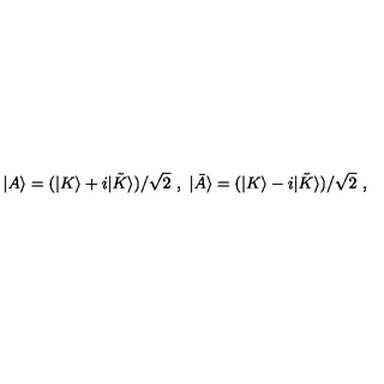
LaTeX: | A \rangle = ( | K \rangle + i | { \tilde { K } } \rangle ) / \sqrt { 2 } \ , \ | { \bar { A } } \rangle = ( | K \rangle - i | { \tilde { K } } \rangle ) / \sqrt { 2 } \ ,